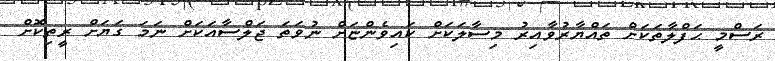
ރަސްމީ ޙަފްލާތަކަށް ތައްޔާރުވާއިރު މިސާލަކަށް ކައިވެންޏަށް ނުވަތަ ޖަލްސާއަކަށް ނަމަ ގަޔަށް ރީތިކޮށް